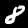
Label: 8